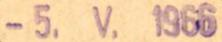
-5.V.1966